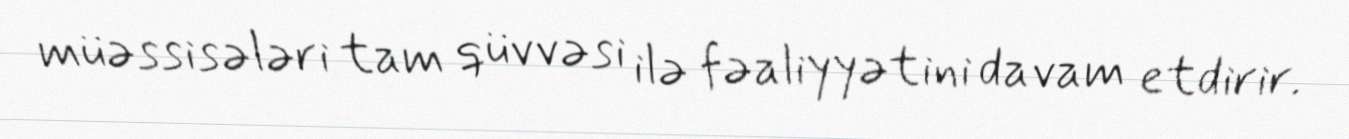
müəssisələri tam qüvvəsi ilə fəaliyyətini davam etdirir.